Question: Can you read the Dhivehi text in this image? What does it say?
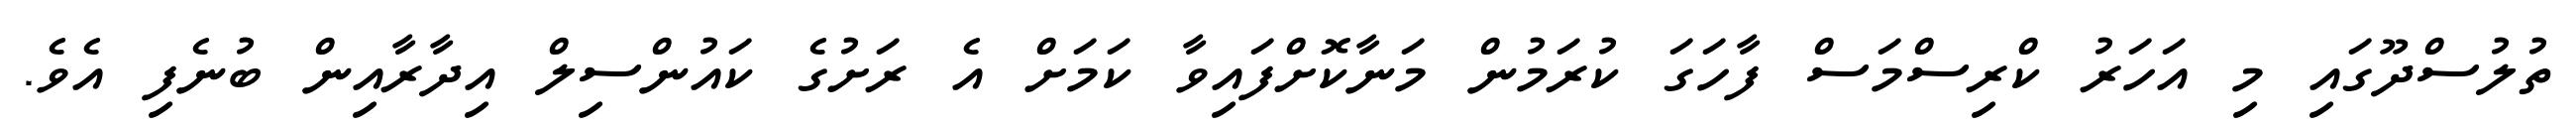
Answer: ތުލުސްދޫގައި މި އަހަރު ކްރިސްމަސް ފާހަގަ ކުރަމުން މަނާކޮށްފައިވާ ކަމަށް އެ ރަށުގެ ކައުންސިލް އިދާރާއިން ބުނެފި އެވެ.